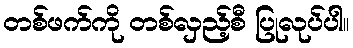
တစ်ဖက်ကို တစ်လှည့်စီ ပြုလုပ်ပါ။